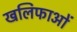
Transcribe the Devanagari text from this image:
खलिफाओं